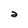
Character: 2